Vaccination in the Punjab 1883-1896 - 1883-1896
Year: 1883
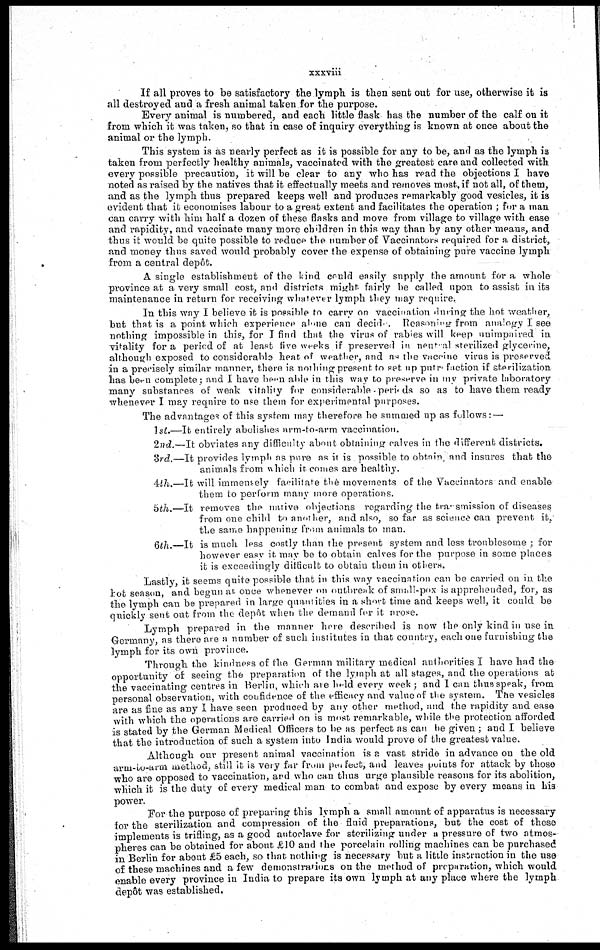
xxxviii
If all proves to be satisfactory the lymph is then sent out for use, otherwise it is
all destroyed and a fresh animal taken for the purpose.
Every animal is numbered, and each little flask has the number of the calf on it
from which it was taken, so that in case of inquiry everything is known at once about the
animal or the lymph.
This system is as nearly perfect as it is possible for any to be, and as the lymph is
taken from perfectly healthy animals, vaccinated with the greatest care and collected with
every possible precaution, it will be clear to any who has read the objections I have
noted as raised by the natives that it effectually meets and removes most, if not all, of them,
and as the lymph thus prepared keeps well and produces remarkably good vesicles, it is
evident that it economises labour to a great extent and facilitates the operation ; for a man
can carry with him half a dozen of these flasks and move from village to village with ease
and rapidity, and vaccinate many more children in this way than by any other means, and
thus it would be quite possible to reduce the number of Vaccinators required for a district,
and money thus saved would probably cover the expense of obtaining pure vaccine lymph
from a central depôt.
A single establishment of the kind could easily supply the amount for a whole
province at a very small cost, and districts might-, fairly be called upon to assist in its
maintenance in return for receiving whatever lymph they may require.
In this way I believe it is possible to carry on vaccination during the hot weather,
but that is a point which experience alone can decid . Reasoning from analogy I see
nothing impossible in this, for I find that the virus of rabies will keep unimpaired in
vitality for a period of at least five weeks if preserved in neutral sterilized glycerine,
although exposed to considerable heat of weather, and as the vaccine virus is preserved
in a precisely similar manner, there is nothing present to set up putrafaction if sterilization
has been complete; and I have been able in this way to preserve in my private laboratory
many substances of weak vitality for considerable periods so as to have them ready
whenever I may require to use them for experimental purposes.
The advantages of this system may therefore be summed up as follows: —
1st.—It entirely abolishes arm-to-arm vaccination.
2nd.—It obviates any difficulty about obtaining calves in the different districts.
3rd.—It provides lymph as pure as it is possible to obtain, and insures that the
animals from which it. comes are healthy.
4th.—It will immensely facilitate the movements of the Vaccinators and enable
them to perform many more operations.
5th.—It removes the native objections regarding the transmission of diseases
from one child to another, and also, so far as science can prevent it,
the same happening from animals to man.
6th.—It is much less costly than the present system and less troublesome ; for
however easy it. may be to obtain calves for the purpose in some places
it is exceedingly difficult to obtain them in others.
Lastly, it seems quite possible that in this way vaccination can be carried on in the
hot season, and begun at once whenever on outbreak of small-pox is apprehended, for, as
the lymph can be prepared in large quantities in a short time and keeps well, it could be
quickly sent out from the depôt when the demand for it arose.
Lymph prepared in the manner here described is now the only kind in use in
Germany, as there are a number of such institutes in that country, each one furnishing the
lymph for its own province.
Through the kindness of the German military medical authorities I have had the
opportunity of seeing the preparation of the lymph at all stages, and the operations at
the vaccinating centres in Berlin, which are held every week ; and I can thus speak, from
personal observation, with confidence of the efficacy and value of the system. The vesicles
are as fine as any I have seen produced by any other method, and the rapidity and ease
with which the operations are carried on is most remarkable, while the protection afforded
is stated by the German Medical Officers to be as perfect as can he given ; and I believe
that the introduction of such a system into India would prove of the greatest value.
Although our present animal vaccination is a vast stride in advance on the old
arm-to-arm method, still it is very far from perfect, and leaves points for attack by those
who are opposed to vaccination, and who can thus urge plausible reasons for its abolition,
which it is the duty of every medical man to combat and expose by every means in his
power.
For the purpose of preparing this lymph a small amount of apparatus is necessary
for the sterilization and compression of the fluid preparations, but the cost of these
implements is trifling, as a good autoclave for sterilizing under a pressure of two atmos-
pheres can be obtained for about £10 and the porcelain rolling machines can be purchased
in Berlin for about £5 each, so that nothing is necessary but a little instruction in the use
of these machines and a few demonstrations on the method of preparation, which would
enable every province in India to prepare its own lymph at any place where the lymph
depôt was established.